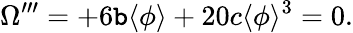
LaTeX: \Omega^{\prime\prime\prime}=+6\mathtt{b}\langle\phi\rangle+20c\langle\phi\rangle^{3}=0.